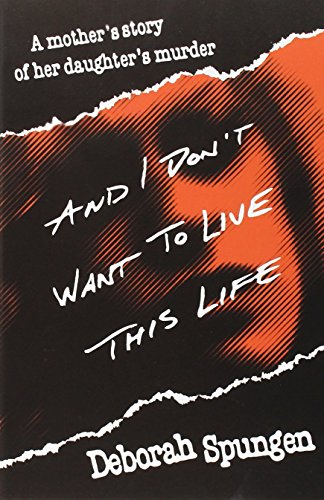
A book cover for And I Don't Want to Live This Life: A Mother's Story of Her Daughter's Murder; Deborah Spungen; Parenting & Relationships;